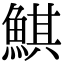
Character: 鯕